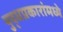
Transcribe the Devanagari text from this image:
युद्धप्रकारांमध्ये